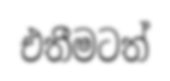
එතීමටත්